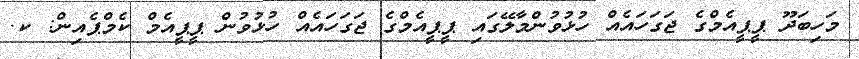
މަހިބަދޫ ޕީޕީއެމްގެ ޖަގަހައެއް ހުޅުވުންމާލޭގައި ޕީޕީއެމްގެ ޖަގަހައެއް ހުޅުވުން ޕީޕީއެމް ކެމްޕެއިން: ކ.